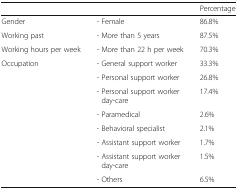
|  |  | Percentage |
 | --- | --- | --- |
 | Gender | - Female | 86.8% |
 | Working past | - More than 5 years | 87.5% |
 | Working hours per week | - More than 22 h per week | 70.3% |
 | Occupation | - General support worker | 33.3% |
 |  | - Personal support worker | 26.8% |
 |  | - Personal support worker day-care | 17.4% |
 |  | - Paramedical | 2.6% |
 |  | - Behavioral specialist | 2.1% |
 |  | - Assistant support worker | 1.7% |
 |  | - Assistant support worker day-care | 1.5% |
 |  | - Others | 6.5% |